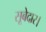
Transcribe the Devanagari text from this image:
सूबेदार।